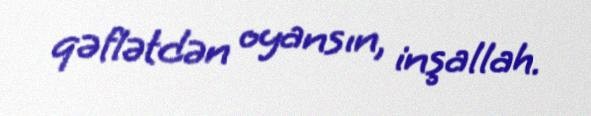
qəflətdən oyansın, inşallah.